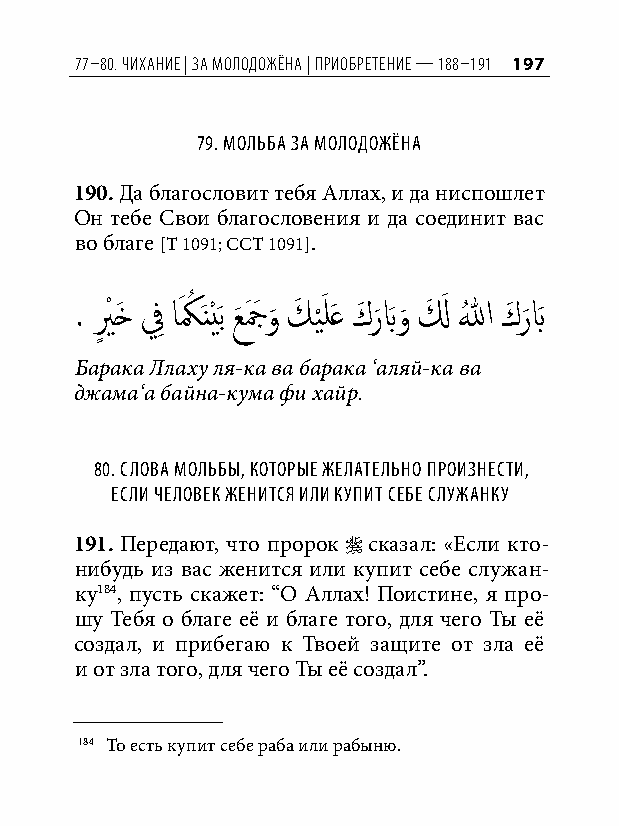
77–80. чихание | за молодожёна | Приобретение — 188–191 197
 79. мольба за молодожёна
 190. Да благословит тебя Аллах, и да ниспошлет
 Он тебе Свои благословения и да соединит вас
 во благе [Т 1091; ССТ 1091].
 . يٍ ْ خَ فِ اَ كُ َنْيَب عَ جَ َ و
 َ
 كَ ي َْ لَع كَ ر
 َ
 بَو
 َ
 لَ َ اللهُ كَ ر
 َ
 بَ
 Барака Ллаху ля-ка ва барака ‘аляй-ка ва
 джама‘а байна-кума фи хайр.
 80. Слова мольбы, которые желательно произнеСти,
 еСли человек женитСя или купит Себе Служанку
 191. Передают, что пророк  сказал: «Если кто-
 нибудь из вас женится или купит себе служан-
 ку184, пусть скажет: “О Аллах! Поистине, я про-
 шу Тебя о благе её и благе того, для чего Ты её
 создал, и прибегаю к Твоей защите от зла её
 и от зла того, для чего Ты её создал”.
 184 То есть купит себе раба или рабыню.